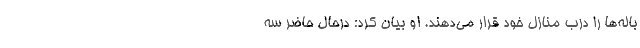
باله‌ها را درب منازل خود قرار می‌دهند. او بیان کرد: درحال حاضر سه